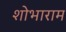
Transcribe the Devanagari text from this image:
शोभाराम